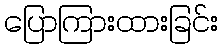
ပြောကြားထားခြင်း